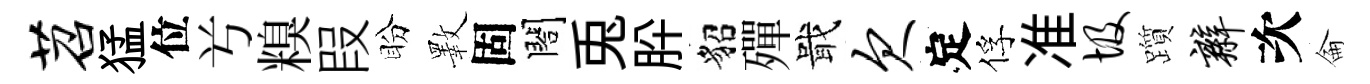
苕猛位𠔃糗叚盼斁固閤兎肸貂殫戢欠定俘准圾躓辫次侖